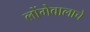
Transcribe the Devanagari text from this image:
लोंगेवालाचे